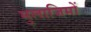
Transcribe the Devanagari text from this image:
मुलाजिमों